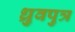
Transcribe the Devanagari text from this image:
ध्रुवपुत्र